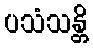
ပသံသန္တိ